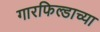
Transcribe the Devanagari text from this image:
गारफिल्डाच्या